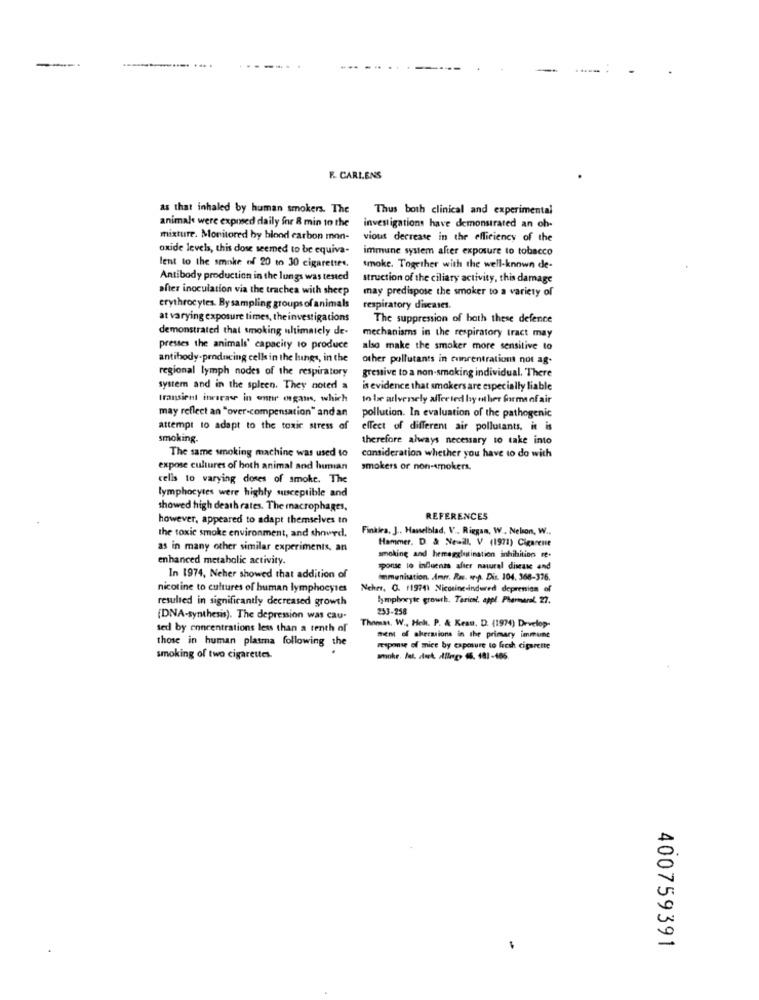
----
F. CARIENS
as that inhaled by human smokers. The
Thus both clinical and experimental
animal were exposed daily for 8 min to the
investigations have demonstrated an ch-
mixture. Monitored by blood carbon mon-
vious decrease in the efficiency of the
oxide levels, this dose seemed to be equiva-
immune system after exposure to tobacco
lent to the smoke of 20 to 30 cigarettes.
smoke. Together with the well-known de-
Antibody production in the lungs was tested
struction of the ciliary activity, this damage
after inoculation via the trachea with sheep
may predispose the smoker to a variety of
erythrocytes. By sampling groups of animals
respiratory diseases.
at varying exposure times, the investigations
The suppression of both these defence
demonstrated that smoking ultimately de-
mechanisms in the respiratory tract may
presses the animals' capacity to produce
also make the smoker more sensitive to
antibody-producing cells in the lungs, in the
other pollutants in concentrations not ag-
regional lymph nodes of the respiratory
gressive to a non-smoking individual. There
system and in the spleen. They noted a
is evidence that smokers are especially liable
transient inrarase in onnr organs, which
to be aulversely affected by other forma of air
may reflect an "over-compensation" and an
pollution. In evaluation of the pathogenic
attempt to adapt to the toxic stress of
effect of different air pollutants, it is
smoking.
therefore always necessary to take into
The same smoking machine was used to
consideration whether you have to do with
expose cultures of both animal and human
smokers or non-smokers.
cells to varying doses of smoke. The
lymphocytes were highly susceptible and
showed high death rates. The macrophages,
however, appeared to adapt themselves to
REFERENCES
the toxic smoke environment, and showed.
Finkira. J .. Hasselblad, V ., Riggan, W .. Nelson, W .,
Hammer, D. & Newill, V (1971) Cigarene
as in many other similar experiments, an
enhanced metabolic activity.
smoking and hemagglutination inhibition re.
sponse to influenza after natural disease and
In 1974, Neher showed that addition of
immunisation. Amr. Ras. orp. Dis. 104. 368-376.
nicotine to cultures of human lymphocytes
Ncher, 0. 11974) Nicosing-indured depremion of
resulted in significantly decreased growth
lymphocyte growth. Toriel, appl. Pharmarel. 27.
253-258
(DNA-synthesis). The depression was cau-
sed by concentrations less than a tenth of
Thomas. W ., Heh. P. & Krau, D. (1974) Develop-
those in human plasma following the
ment of akersions in the primary immune
response of mice by exposure to fresh cigarette
smoking of two cigarettes.
arohe. lat. deck. Allego 45. 481-186.
400759391